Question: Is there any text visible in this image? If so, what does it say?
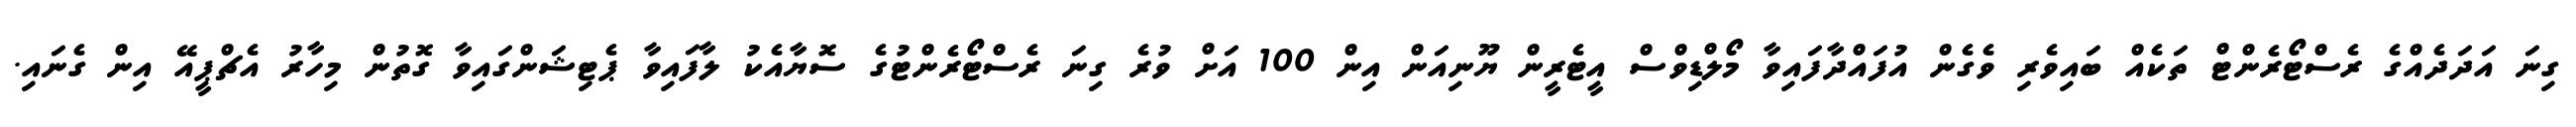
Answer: ގިނަ އަދަދެއްގެ ރެސްޓޯރެންޓް ތަކެއް ބައިވެރި ވެގެން އުފައްދާފައިވާ މޯލްޑިވްސް އީޓެރީން ޔޫނިއަން އިން 100 އަށް ވުރެ ގިނަ ރެސްޓޯރެންޓުގެ ސޮޔާއެކު ލާފައިވާ ޕެޓިޝަންގައިވާ ގޮތުން މިހާރު އެޗްޕީއޭ އިން ގެނައި.